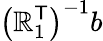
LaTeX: \left(\mathbb{R}_{1}^{\textsf{{T}}}\right)^{-1}b